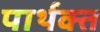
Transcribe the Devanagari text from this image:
पार्थक्त